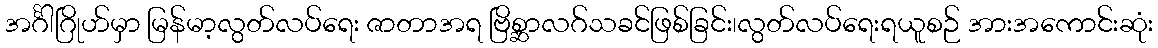
အင်္ဂါဂြိုဟ်မှာ မြန်မာ့လွတ်လပ်ရေး ဇာတာအရ ဗြိစ္ဆာလဂ်သခင်ဖြစ်ခြင်း၊လွတ်လပ်ရေးရယူစဉ် အားအကောင်းဆုံး